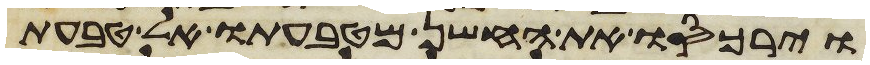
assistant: וירכסו את החשן מטבעתו אל טבעת